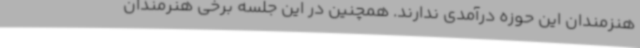
هنزمندان این حوزه درآمدی ندارند. همچنین در این جلسه برخی هنرمندان